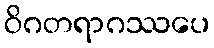
ဝိဂတရာဂဿပေ